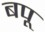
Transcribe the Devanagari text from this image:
बपू